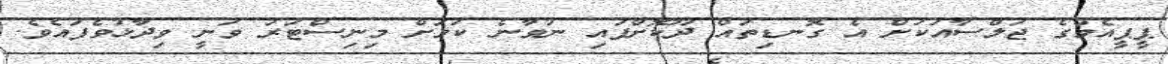
ޕީޕީއެމްގެ ޖަލްސާއަކަށް އެ ގޮނޑިތައް ދޫކޮށްފައި ނުވާނެ ކަމަށް މިނިސްޓަރު ވަނީ ވިދާޅުވެފައެވެ.